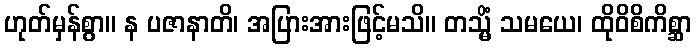
ဟုတ်မှန်စွာ။ န ပဇာနာတိ၊ အပြားအားဖြင့်မသိ။ တသ္မိံ သမယေ၊ ထိုဝိစိကိစ္ဆာ